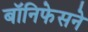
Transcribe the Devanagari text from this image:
बॉनिफेसने